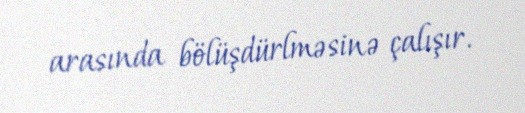
arasında bölüşdürlməsinə çalışır.